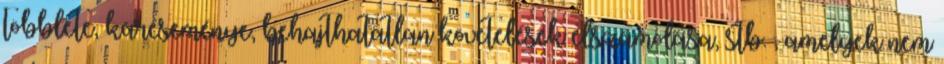
többlete, káreseménye, behajthatatlan követelések elszámolása, stb. , amelyek nem